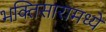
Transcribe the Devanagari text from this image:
भक्तिसारामध्ये